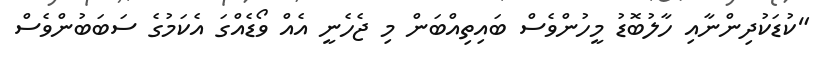
"ކުޑަކުދިންނާއި ހާލުބޮޑު މީހުންވެސް ބައިތިއްބަން މި ޖެހެނީ އެއް ވޯޑެއްގަ އެކަމުގެ ސަބަބުންވެސް